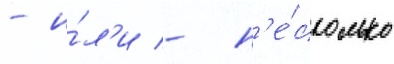
- и́л'и - н'е́сколько